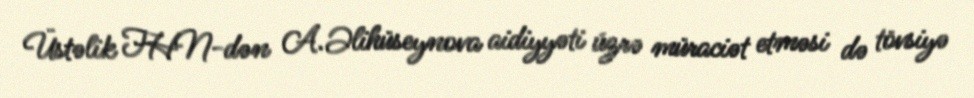
Üstəlik FHN-dən A.Əlihüseynova aidiyyəti üzrə müraciət etməsi də tövsiyə